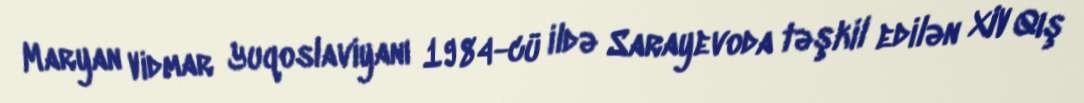
Maryan Vidmar Yuqoslaviyanı 1984-cü ildə Sarayevoda təşkil edilən XIV Qış